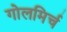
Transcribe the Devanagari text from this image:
गोलमिर्च